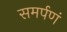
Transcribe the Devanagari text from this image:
समर्पणं